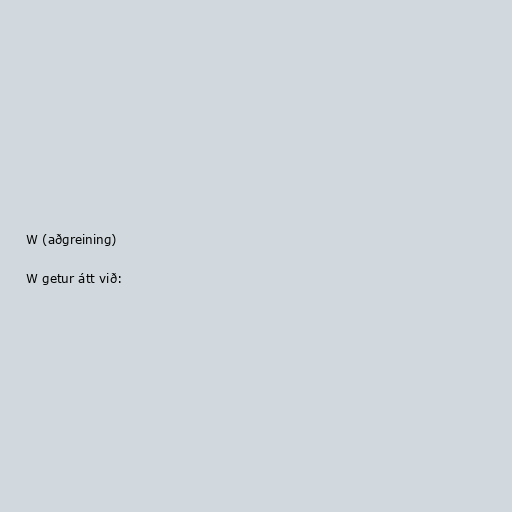
W (aðgreining)

W getur átt við: